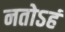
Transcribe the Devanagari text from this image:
नतोऽहं